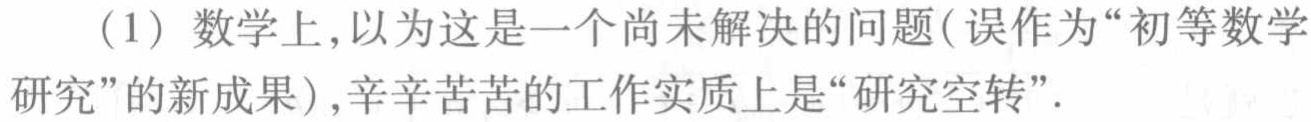
（1）数学上，以为这是一个尚未解决的问题(误作为“初等数学研究”的新成果),辛辛苦苦的工作实质上是“研究空转”.